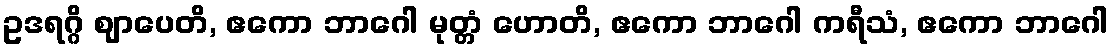
ဥဒရဂ္ဂိ ဈာပေတိ, ဧကော ဘာဂေါ မုတ္တံ ဟောတိ, ဧကော ဘာဂေါ ကရီသံ, ဧကော ဘာဂေါ